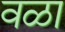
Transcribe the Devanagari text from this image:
वळा